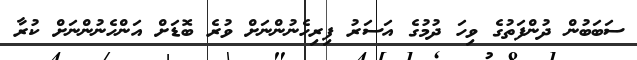
ސަބަބުން ދުންފަތުގެ ވިހަ ދުމުގެ އަސަރު ފިރިހެނުންނަށް ވުރެ ބޮޑަށް އަންހެނުންނަށް ކުރާ